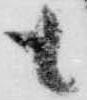
も